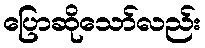
ပြောဆိုသော်လည်း